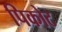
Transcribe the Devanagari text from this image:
पिकोट